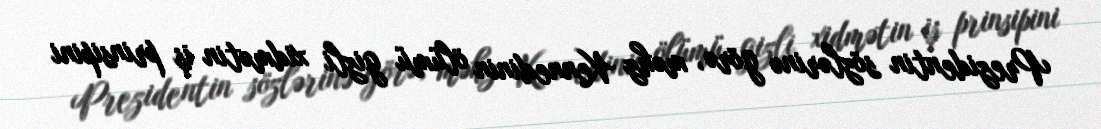
Prezidentin sözlərinə görə, məhz Kennedinin ölümü gizli xidmətin iş prinsipini